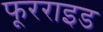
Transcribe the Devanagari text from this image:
फूरराइड